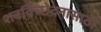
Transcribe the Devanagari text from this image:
शवविच्छेदनासाठी